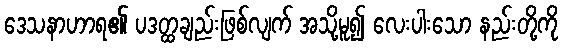
ဒေသနာဟာရ၏ ပဒတ္ထချည်းဖြစ်လျက် အသို့မူ၍ လေးပါးသော နည်းတို့ကို